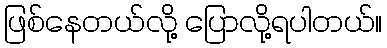
ဖြစ်နေတယ်လို့ ပြောလို့ရပါတယ်။